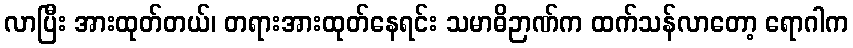
လာပြီး အားထုတ်တယ်၊ တရားအားထုတ်နေရင်း သမာဓိဉာဏ်က ထက်သန်လာတော့ ရောဂါက